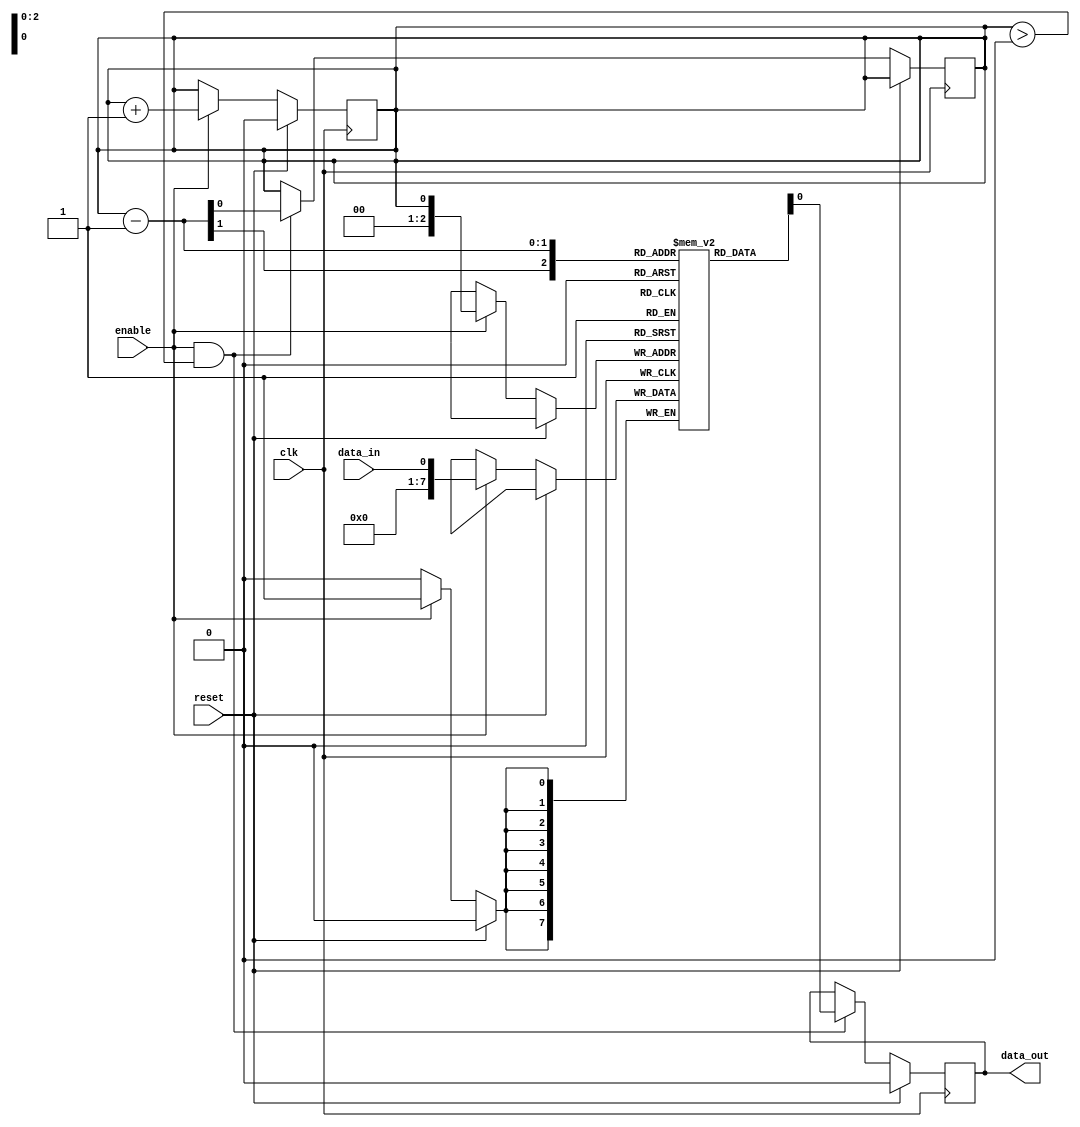
module lifo(
  input wire clk,
  input wire reset,
  input wire enable,
  input wire data_in,
  output reg data_out
);

reg [7:0] stack [0:7]; // stack with 8 slots
reg top = 0; // top of the stack

// push operation
always @(posedge clk) begin
  if (reset) begin
    top <= 0;
  end else if (enable) begin
    stack[top] <= data_in;
    top <= top + 1;
  end
end

// pop operation
always @(posedge clk) begin
  if (reset) begin
    data_out <= 0;
  end else if (enable && top > 0) begin
    data_out <= stack[top - 1];
    top <= top - 1;
  end
end

endmodule